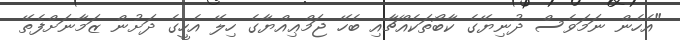
"އެހެން ނަމަވެސް ދުނިޔޭގެ ކާބޯތަކެއްޗާއި ބެހޭ ޖަމްޢިއްޔާގެ ހިލޭ އެހީގެ ދަށުން ޒަމާނަށްފެތޭ